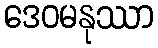
ဒေဝမနုဿာ